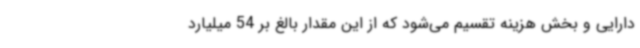
دارایی و بخش هزینه تقسیم می‌شود که از این مقدار بالغ بر 54 میلیارد